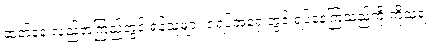
ဆတ်ခနဲ လှည့်အကြည့်တွင် ရန်သူများ ဇရပ်အရှေ့တွင် ရပ်နေကြသည်ကို ကိုသူရ